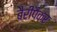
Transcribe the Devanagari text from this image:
बैरीपैकर